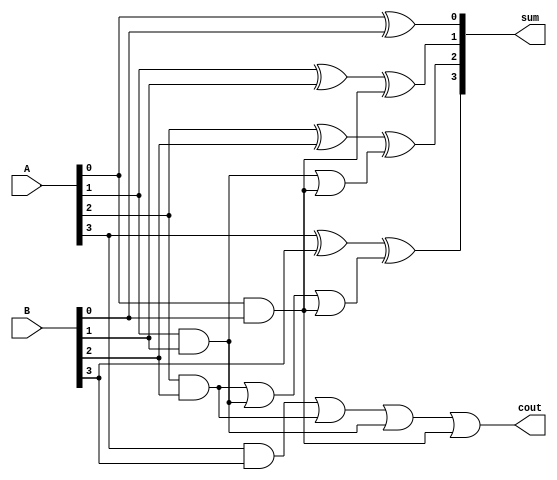
module carry_skip_adder(
    input wire [3:0] A,
    input wire [3:0] B,
    output wire [3:0] sum,
    output wire cout
);

wire [3:0] c;
wire [3:0] s;

assign c[0] = A[0] & B[0];
assign s[0] = A[0] ^ B[0];

assign c[1] = (A[1] & B[1]) | (A[0] & B[0]);
assign s[1] = A[1] ^ B[1] ^ c[0];

assign c[2] = (A[2] & B[2]) | (A[1] & B[1]) | (A[0] & B[0]);
assign s[2] = A[2] ^ B[2] ^ c[1];

assign c[3] = (A[3] & B[3]) | (A[2] & B[2]) | (A[1] & B[1]) | (A[0] & B[0]);
assign s[3] = A[3] ^ B[3] ^ c[2];

assign sum = s;
assign cout = c[3];

endmodule